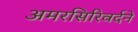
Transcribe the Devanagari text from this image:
अमरसिरिवर्दने